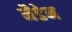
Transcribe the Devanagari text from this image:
मैडेम